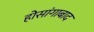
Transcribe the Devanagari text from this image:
होसांगाबाद